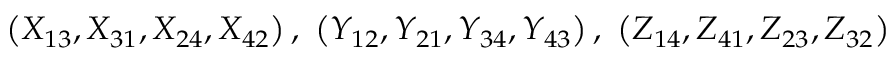
\left( X _ { 1 3 } , X _ { 3 1 } , X _ { 2 4 } , X _ { 4 2 } \right) , ~ \left( Y _ { 1 2 } , Y _ { 2 1 } , Y _ { 3 4 } , Y _ { 4 3 } \right) , ~ \left( Z _ { 1 4 } , Z _ { 4 1 } , Z _ { 2 3 } , Z _ { 3 2 } \right)